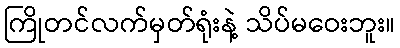
ကြိုတင်လက်မှတ်ရုံးနဲ့ သိပ်မဝေးဘူး။